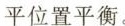
平位置平衡。